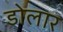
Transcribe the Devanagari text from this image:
डोलार